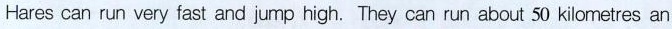
Hares can run very fast and jump high. They can run about 50 kilometres an